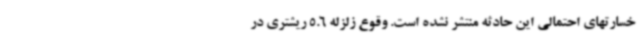
خسارتهای احتمالی این حادثه منتشر نشده است. وقوع زلزله 5.6 ریشتری در